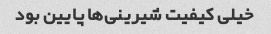
خیلی کیفیت شیرینی‌ها پایین بود